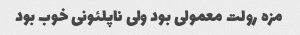
مزه رولت معمولی بود ولی ناپلئونی خوب بود